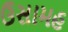
ઉસામહ